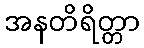
အနတိရိတ္တာ